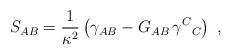
\begin{align*}S_{AB}={1\over \kappa^2}\left(\gamma_{AB}-G_{AB}\,\gamma^C{}_C\right)\ ,\end{align*}